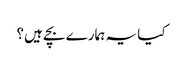
کیا یہ ہمارے بچے ہیں؟